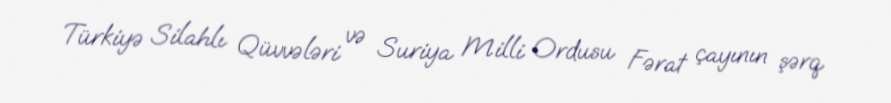
Türkiyə Silahlı Qüvvələri və Suriya Milli Ordusu Fərat çayının şərq